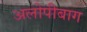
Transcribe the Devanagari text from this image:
अलोपीबाग